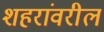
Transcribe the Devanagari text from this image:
शहरांवरील